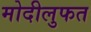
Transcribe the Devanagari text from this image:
मोदीलुफत